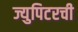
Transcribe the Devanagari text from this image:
ज्युपिटरची